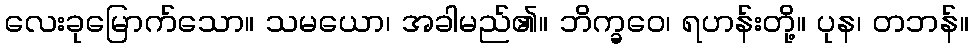
လေးခုမြောက်သော။ သမယော၊ အခါမည်၏။ ဘိက္ခဝေ၊ ရဟန်းတို့။ ပုန၊ တဘန်။